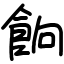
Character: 餉